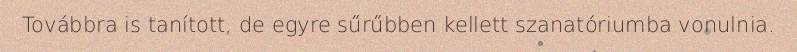
Továbbra is tanított, de egyre sűrűbben kellett szanatóriumba vonulnia.